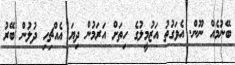
ބޭނުމެއް ނޫން. އެވަގުތު އަޒުމީލުގެ ހިތަށް އަރަމުން ދިޔަ އެއްޗިހި ދުލުން ބޭރު